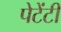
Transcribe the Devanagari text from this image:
पेटेंटी